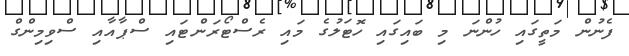
ފެނުން މަތީގައި ހުންނަ މި ބައިގައި ހޮޓަލުގެ މައި ރެސްޓޯރަންޓައި ސްޕާއާއި ސްވިމިންގް